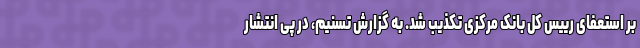
بر استعفای رییس کل بانک مرکزی تکذیب شد. به گزارش تسنیم، در پی انتشار